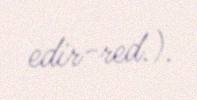
edir-red.).